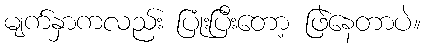
မျက်နှာကလည်း ပြုံးပြီးတော့ ဖြဲနေတာပဲ။